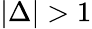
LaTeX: |\Delta|>1